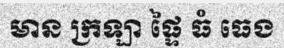
មាន ក្រឡា ផ្ទៃ ធំ ធេង